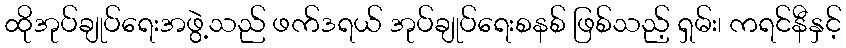
ထိုအုပ်ချုပ်ရေးအဖွဲ့သည် ဖက်ဒရယ် အုပ်ချုပ်ရေးစနစ် ဖြစ်သည့် ရှမ်း၊ ကရင်နီနှင့်